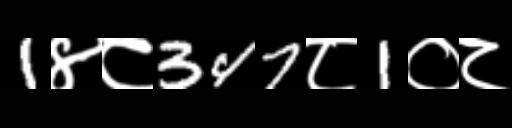
Text: 1४८347८1०८